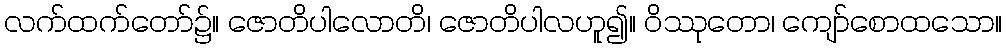
လက်ထက်တော်၌။ ဇောတိပါလောတိ၊ ဇောတိပါလဟူ၍။ ဝိဿုတော၊ ကျော်စောထသော။